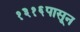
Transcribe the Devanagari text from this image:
१३१६पासून